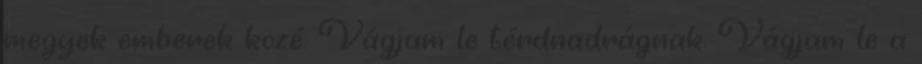
megyek emberek közé. Vágjam le térdnadrágnak. Vágjam le a